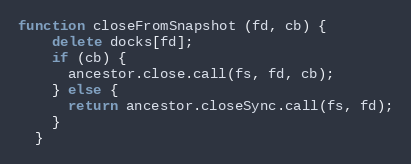
Language: JavaScript
function closeFromSnapshot (fd, cb) {
    delete docks[fd];
    if (cb) {
      ancestor.close.call(fs, fd, cb);
    } else {
      return ancestor.closeSync.call(fs, fd);
    }
  }